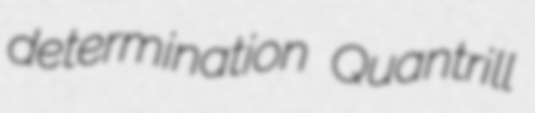
determination Quantrill